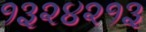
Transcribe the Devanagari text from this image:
१३२४२१३